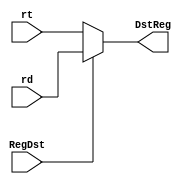
// mux between IF and ID
module mux1(rt, rd, RegDst, DstReg);
    input      [4:0] rt;           // instr[20:16] I
    input      [4:0] rd;           // instr[15:11] R
    input            RegDst;       // signal
    output reg [4:0] DstReg;       // selected register
    
    always @(*) 
        if (RegDst)
            DstReg <= rd;
        else 
            DstReg <= rt;

endmodule


// mux between ID and EX
module mux2(out2, Ext, ALUSrc, DstData);
    input      [31:0] out2;        // out2 of regfile
    input      [31:0] Ext;         // immediate number
    input             ALUSrc;      // signal
    output reg [31:0] DstData;     // selected data

    always @(*)
    begin
        if (ALUSrc)
            DstData <= Ext;
        else
            DstData <= out2;
        // $display("mux2_out:%h", DstData);
    end

endmodule



// mux between MEM and WB
module mux3(dm_out, alu_out, MemtoReg, WriteData);
    input       [31:0] dm_out;      // result of dm
    input       [31:0] alu_out;     // result of alu
    input              MemtoReg;    // signal
    output reg  [31:0] WriteData;   // selected data

    always @(*)
        if (MemtoReg)
            WriteData <= dm_out;
        else
            WriteData <= alu_out;

endmodule